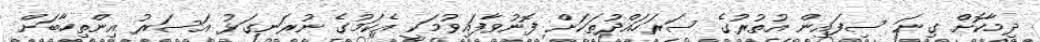
ދިމާކޮށް ގިނަ ސިފައިން އުތުރުގެ ސަރަހައްދުތަކަށް ފޮނުވާފައިވުމަކީ އެކަމުގެ ނުރަނގަޅު އަސަރު އިންތިހާބަށް